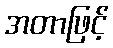
အတာဖြင့်